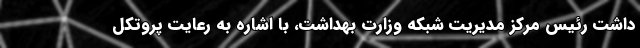
داشت رئیس مرکز مدیریت شبکه وزارت بهداشت، با اشاره به رعایت پروتکل